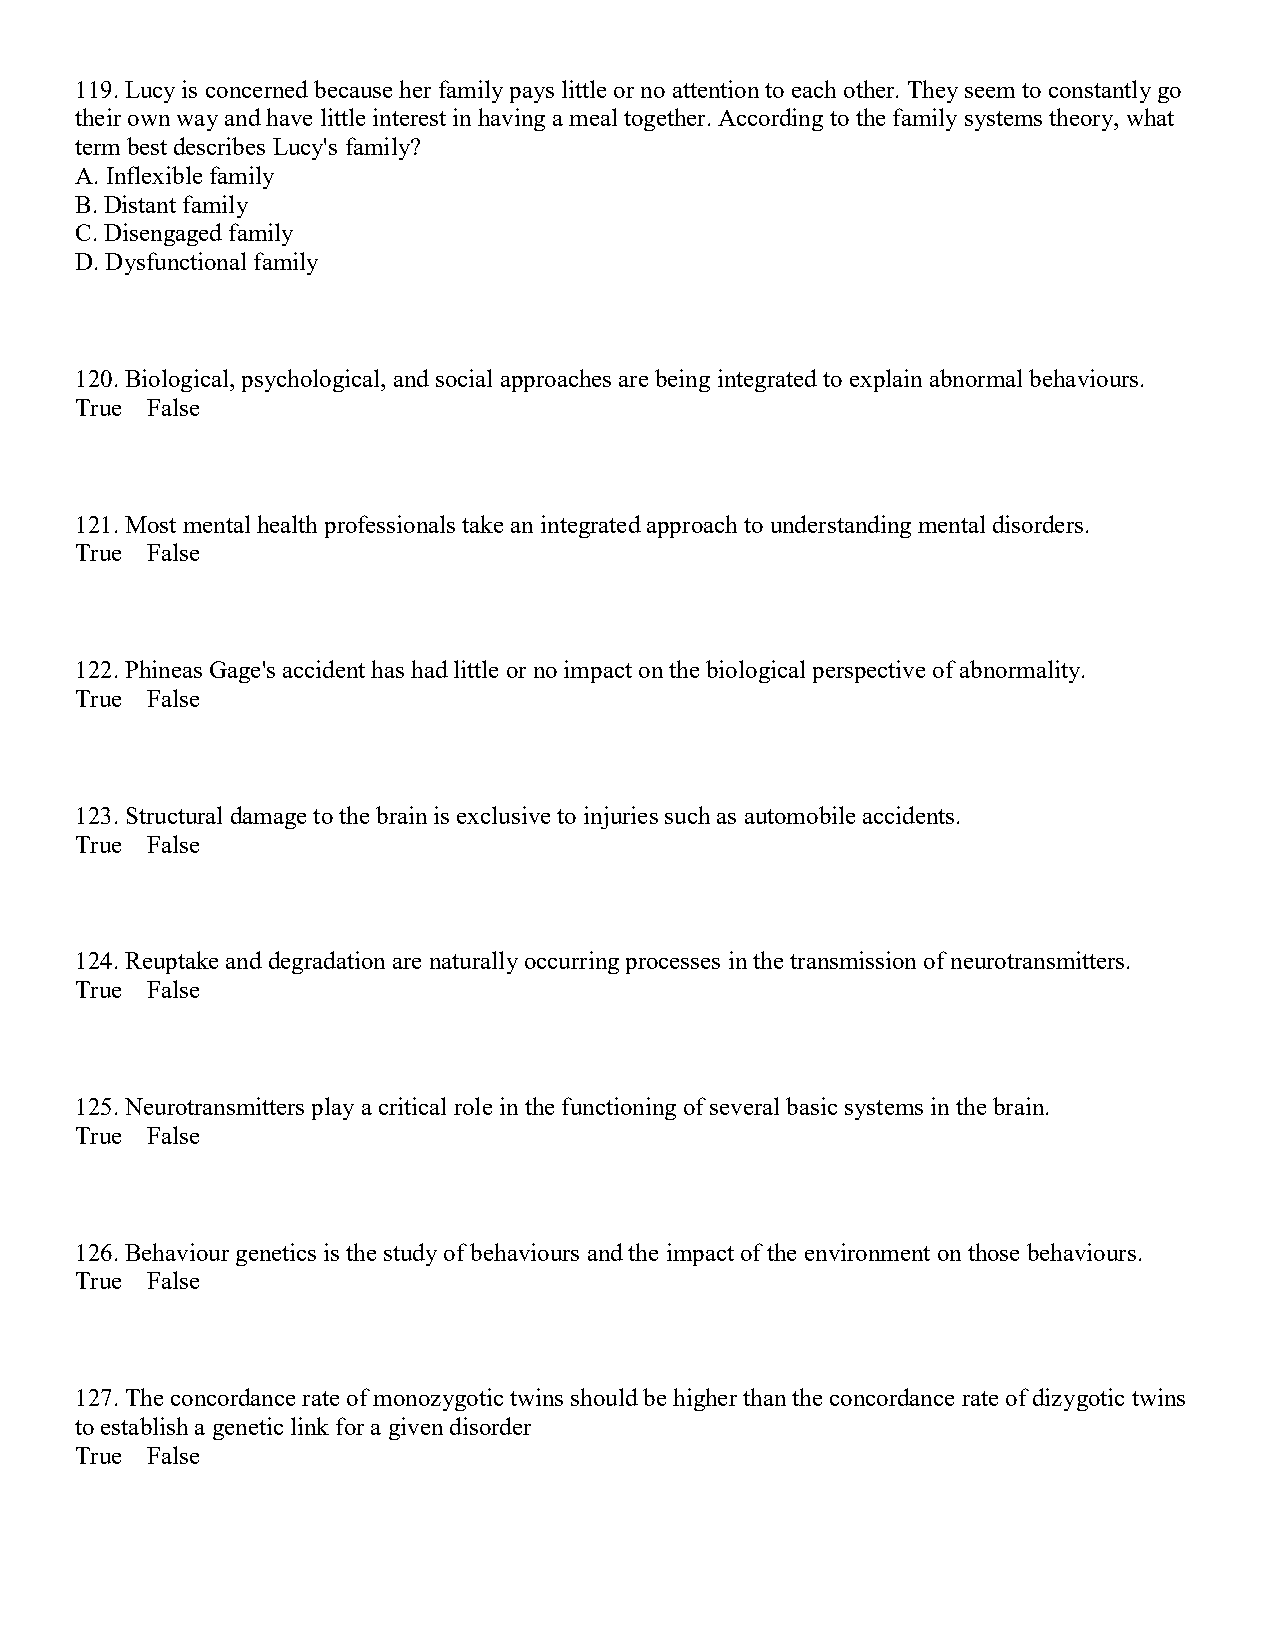
119. Lucy is concerned because her family pays little or no attention to each other. They seem to constantly go
 their own way and have little interest in having a meal together. According to the family systems theory, what
 term best describes Lucy's family?
 A. Inflexible family
 B. Distant family
 C. Disengaged family
 D. Dysfunctional family
 120. Biological, psychological, and social approaches are being integrated to explain abnormal behaviours.
 True False
 121. Most mental health professionals take an integrated approach to understanding mental disorders.
 True False
 122. Phineas Gage's accident has had little or no impact on the biological perspective of abnormality.
 True False
 123. Structural damage to the brain is exclusive to injuries such as automobile accidents.
 True False
 124. Reuptake and degradation are naturally occurring processes in the transmission of neurotransmitters.
 True False
 125. Neurotransmitters play a critical role in the functioning of several basic systems in the brain.
 True False
 126. Behaviour genetics is the study of behaviours and the impact of the environment on those behaviours.
 True False
 127. The concordance rate of monozygotic twins should be higher than the concordance rate of dizygotic twins
 to establish a genetic link for a given disorder
 True False